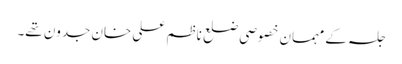
جلسہ کے مہمان خصوصی ضلع ناظم علی خان جدون تھے۔